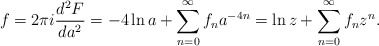
\begin{align*}f = 2\pi i \frac{d^2 F}{da^2} =-4\ln a + \sum\limits_{n=0}^\infty f_n a^{-4n} = \ln z +\sum\limits_{n=0}^\infty f_n z^n.\end{align*}